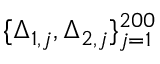
\{ \Delta _ { 1 , j } , \Delta _ { 2 , j } \} _ { j = 1 } ^ { 2 0 0 }